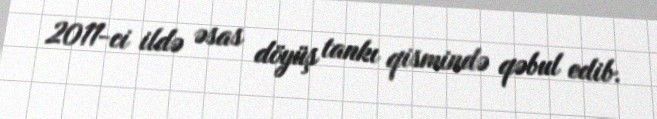
2011-ci ildə əsas döyüş tankı qismində qəbul edib.